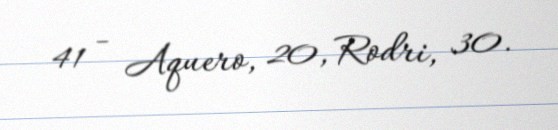
41 - Aquero, 20, Rodri, 30.